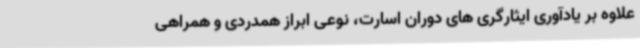
علاوه بر یادآوری ایثارگری های دوران اسارت، نوعی ابراز همدردی و همراهی